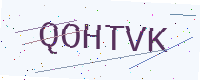
Text: QOHTVK